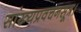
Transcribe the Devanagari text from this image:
सांख्यप्रवचनसूत्र।